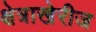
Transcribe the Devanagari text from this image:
क्षेत्राखेरीज